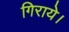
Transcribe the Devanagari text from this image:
गिराये।